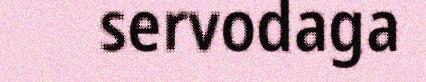
servodaga